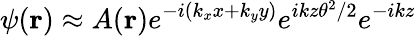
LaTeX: \psi(\mathbf{r})\approx A(\mathbf{r})e^{-i(k_{x}x+k_{y}y)}e^{ikz\theta^{2}/2}e^{-ikz}